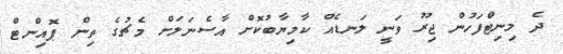
ދެ މިނިޓްފަހުން ޖިރޫ ވަނީ ލަނޑެއް ކާމިޔާބުކޮށް އާސެނަލަށް މެޗުގެ ތިން ޕޮއިންޓް